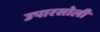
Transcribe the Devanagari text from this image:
उपारसोली